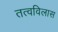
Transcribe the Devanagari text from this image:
तत्वविलास